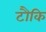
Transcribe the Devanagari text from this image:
टौकि